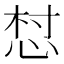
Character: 𢚳